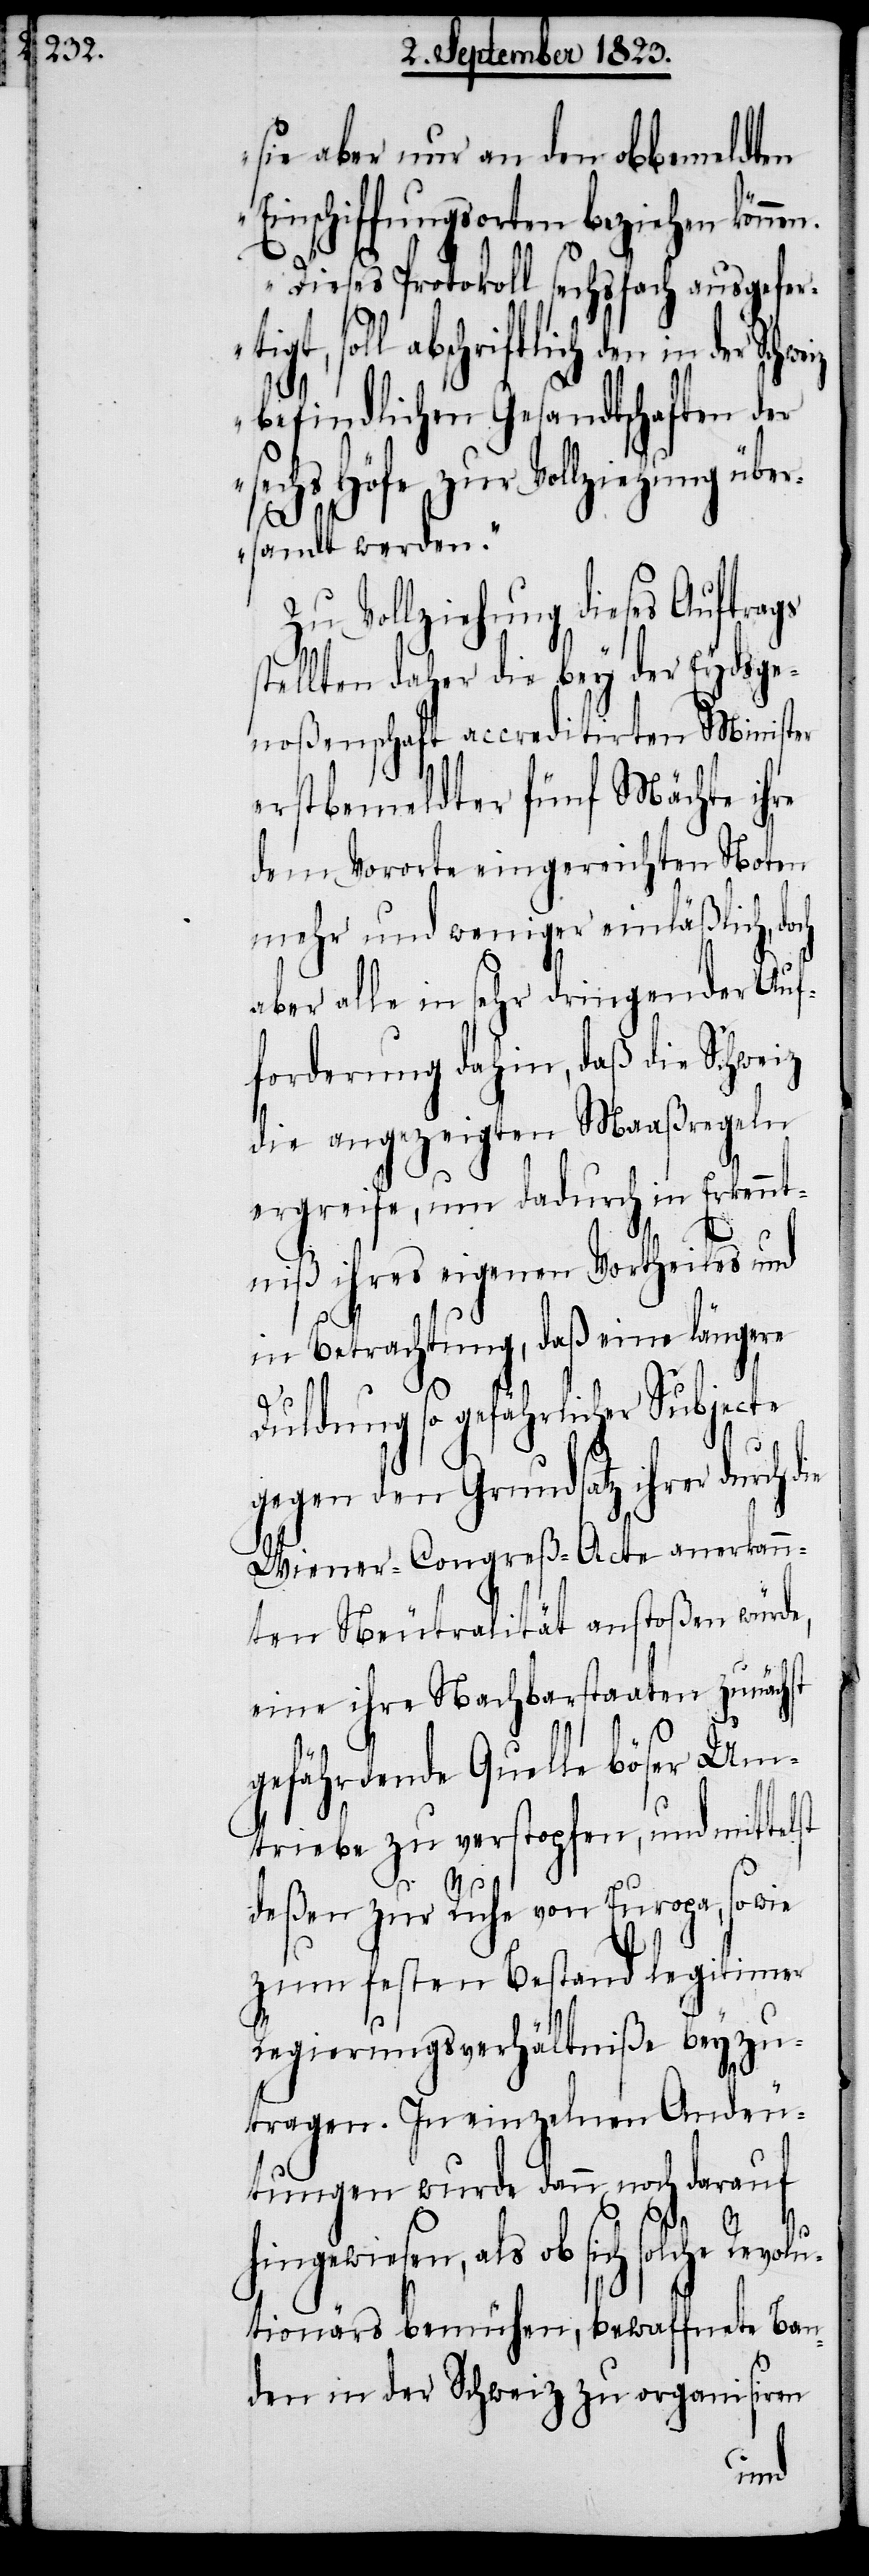
sie aber nur an den obbemeldten
Einschiffungsorten beziehen könne¬
Dieses Protokoll sechsfach ausgefer¬
ch solche Revolu¬
befindlichen Gesandtschaften der
sechs Höfe zur Vollziehung
rsandt werden.“
Zu Vollziehung dieses Auftrags
stellten daher die bey der Eydsge¬
noßenschaft accreditirten Minister
erstbemeldter fünf Mächte ihre
dem Vororte eingereichten Noten
mehr und weniger einläßlich, doch
aber alle in sehr dringender Auf¬
forderung dahin, daß die Schweiz
die angezeigten Maaßregeln
ergreife, um dadurch in Erkennt¬
niß ihres eigenen Vortheiles und
in Betrachtung, daß eine längere
Duldung so gefährlicher Subjecte
gegen den Grundsatz ihrer durch
Wiener-Congreß-Acte anerkann¬
ten Neutralität anstoßen würde,
eine ihre Nachbarstaaten zunächst
gefährdende Quelle böser Um¬
triebe zu verstopfen, und mittelst
deßen zur Ruhe von Europa, sowie
zum festen Bestand legitimer
Regierungsverhältniße beyzu¬
tragen. In einzelnen Andeu¬
tungen wurde dann noch darauf
hingewiesen, als ob si¬
tionärs bemühen, bewaffnete Ban¬
den in der Schweiz zu organisiren
übe¬